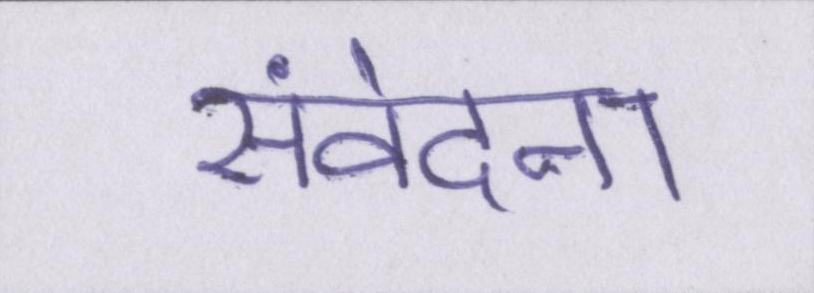
संवेदना